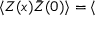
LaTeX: \langle Z ( x ) \bar { Z } ( 0 ) \rangle = \langle